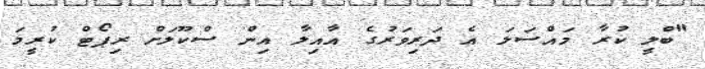
"ބްލީ ކުރާ މައްސަލަ އެ ދަރިވަރުގެ އާއިލާ އިން ސްކޫލަށް ރިޕޯޓް ކުރީމަ